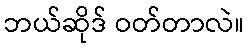
ဘယ်ဆိုဒ် ဝတ်တာလဲ။